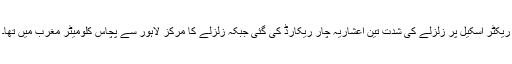
ریکٹر اسکیل پر زلزلے کی شدت تین اعشاریہ چار ریکارڈ کی گئی جبکہ زلزلے کا مرکز لاہور سے پچاس کلومیٹر مغرب میں تھا۔